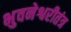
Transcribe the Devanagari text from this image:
भुवनेश्वरीतंत्र